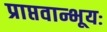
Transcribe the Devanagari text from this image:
प्राप्तवान्भूयः